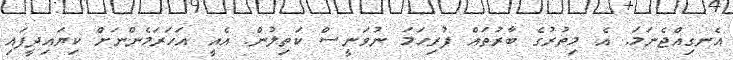
އެނގިއްޖެނަމަ